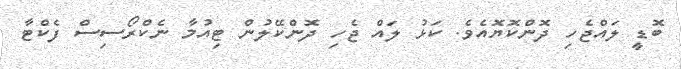
ބޮޑީ ލައްޖެހި ދޮންކޮޔޮއެވެ. ކަޅު ލައް ޖެހި ދޮންކޭލުން ޓިއުމާ ނެކްރޯސިސް ފެކްޓާ